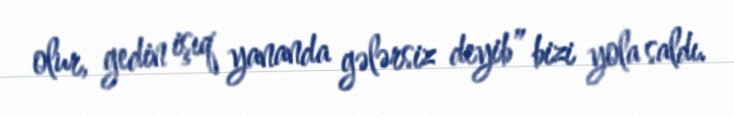
olur, gedin işıq yananda gələrsiz deyib” bizi yola saldı.